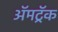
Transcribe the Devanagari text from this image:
ॲमट्रॅक